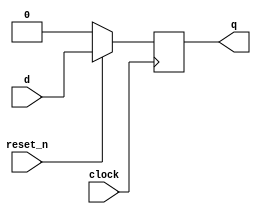
module flipflop(q, d, clock, reset_n);//1 bit
	input d;
	input clock, reset_n;
	output reg q;
	
	always @(posedge clock)	//triggered when clock rises
	begin
		if(reset_n == 1'b0)	//when reset_n is 0...
			q <= 0;				//... q is set 0
		else						//when reset_n not 0...
			q <= d;				//... value d is passed to q
	end
endmodule